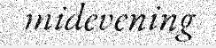
midevening